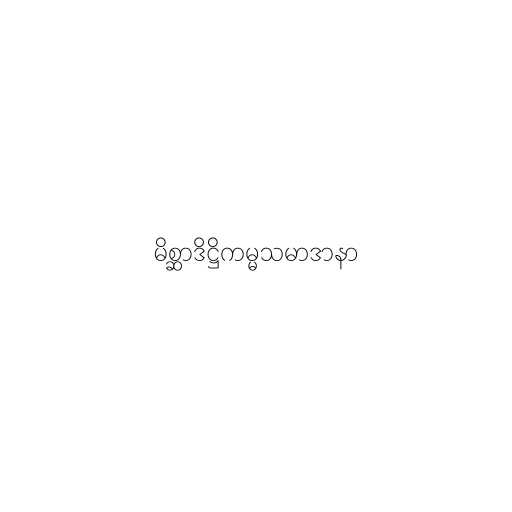
မိစ္ဆာဒိဋ္ဌိကမ္မသမာဒာနာ